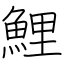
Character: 鯉